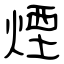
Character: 煙